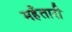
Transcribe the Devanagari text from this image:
महँतारी